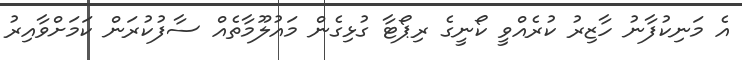
އެ މަނިކުފާނު ހާޒިރު ކުރެއްވީ ކޯނީގެ ރިޕޯޓާ ގުޅިގެން މައުލޫމާތެއް ސާފުކުރަން ކަމަށްވާއިރު